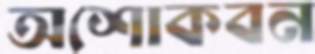
অশোকবন